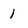
Character: 1